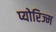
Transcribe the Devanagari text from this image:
प्योरिज्म